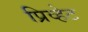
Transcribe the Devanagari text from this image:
प्रिव्हेट